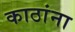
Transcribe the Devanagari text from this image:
काठांना